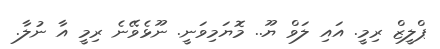
ޕްލީޒް ރިމީ. އައި ލަވް ޔޫ.. މޮޔަމިވަނީ. ނޫޅެވޭނެ ރިމީ އާ ނުލާ.